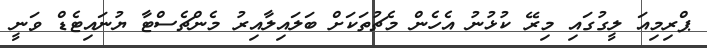
ޕްރިމިއަ ލީގުގައި މިރޭ ކުޅުނު އެހެން މެޗުތަކަށް ބަލައިލާއިރު މެންޗެސްޓާ ޔުނައިޓެޑް ވަނީ